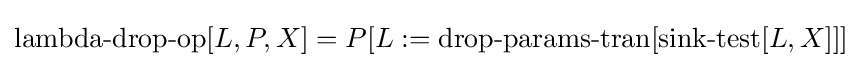
\operatorname {lambda-drop-op} [L,P,X]=P[L:=\operatorname {drop-params-tran} [\operatorname {sink-test} [L,X]]]